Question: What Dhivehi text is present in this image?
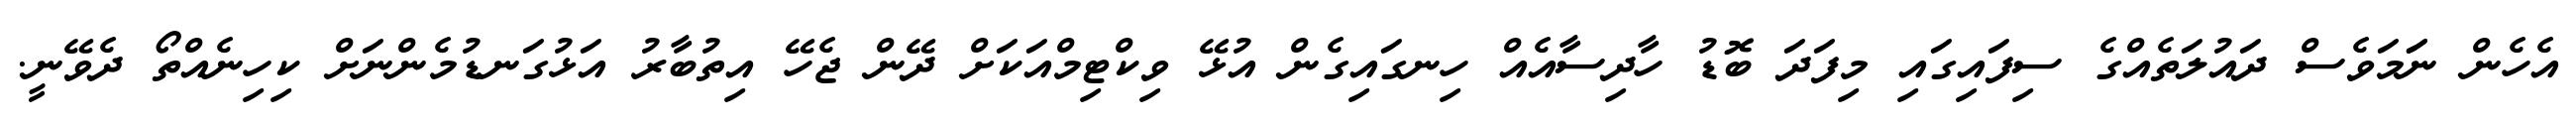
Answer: އެހެން ނަަމަވެސް ދައުލަތެއްގެ ސިފައިގައި މިފަދަ ބޮޑު ހާދިސާއެއް ހިނގައިގެން އުޅޭ ވިކްޓިމްއަކަށް ދޭން ޖެހޭ އިތުބާރު އަޅުގަނޑުމެންނަށް ކިހިނެއްތޯ ދެވޭނީ.